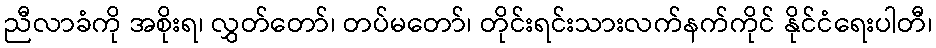
ညီလာခံကို အစိုးရ၊ လွှတ်တော်၊ တပ်မတော်၊ တိုင်းရင်းသားလက်နက်ကိုင် နိုင်ငံရေးပါတီ၊